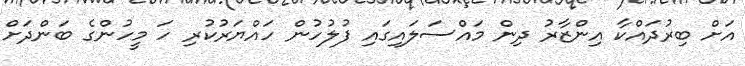
އަށް ބިރުދައްކާ އިންޒާރު ދިން މައްސަލައިގައި ފުލުހުން ހައްޔަރުކުރި ހަ މީހުންގެ ބަންދަށް